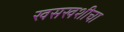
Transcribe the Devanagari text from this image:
खसखशीचा